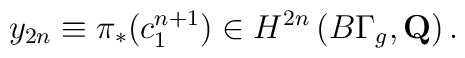
y_{2n}\equiv \pi_{*}(c_{1}^{n+1})\in H^{2n} \left( B\Gamma_{g},{\bf Q}\right).